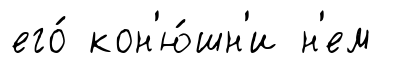
его́ кон'ю́шн'и н'ем